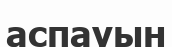
аспауын